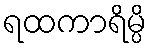
ရထကာရိမ္ပိ